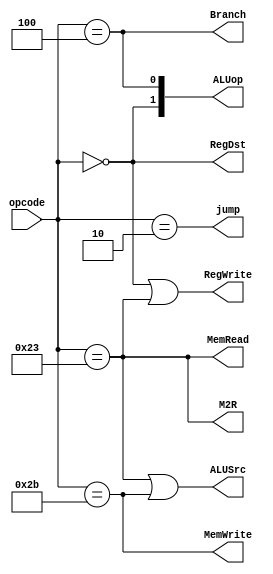
module mainCtl(opcode, RegDst, Branch, jump, MemRead, M2R, ALUop, MemWrite, ALUSrc, RegWrite);
	input [5:0] opcode;
	output reg RegDst, Branch, jump, MemRead, M2R, MemWrite, ALUSrc, RegWrite;
	output reg [1:0] ALUop;
	
	always @ (opcode)
	begin
	   RegDst = (opcode == 0);
	   Branch = (opcode == 4);
		jump = (opcode == 2);
		MemRead = (opcode == 35); //3543
		M2R = (opcode == 35);
		ALUop[1] = (opcode == 0);
		ALUop[0] = (opcode == 4);
		MemWrite = (opcode == 43);
		ALUSrc = ((opcode == 35) | (opcode == 43));
		RegWrite = ((opcode == 0) | (opcode == 35));
	end
	
/*	assign RegDst = (opcode == 0);
	assign Branch = (opcode == 4);
	assign jump = (opcode == 2);
	assign MemRead = (opcode == 35); //3543
	assign M2R = (opcode == 35);
	assign ALUop[1] = (opcode == 0);
	assign ALUop[0] = (opcode == 4);
	assign MemWrite = (opcode == 43);
	assign ALUSrc = ((opcode == 35) || (opcode == 43));
	assign RegWrite = ((opcode == 0) || (opcode == 35));
	*/
endmodule